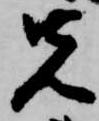
先